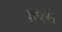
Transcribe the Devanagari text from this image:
कपस